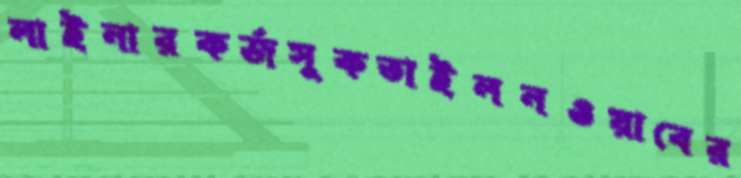
লাইনারকর্জসুকতাইলনওয়াবের